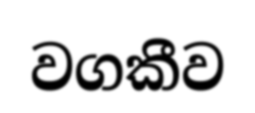
වගකීව